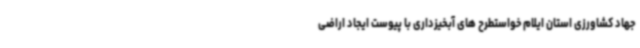
جهاد کشاورزی استان ایلام خواستطرح های آبخیزداری با پیوست ایجاد اراضی